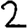
Digit: 2